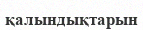
қалындықтарын